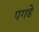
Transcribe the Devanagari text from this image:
पगडे